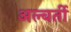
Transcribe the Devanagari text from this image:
अल्बर्ती